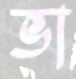
ভা